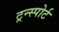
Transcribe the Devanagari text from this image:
ट्रन्स्पोर्ट